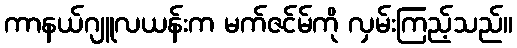
ကာနယ်ဂျူလယန်းက မက်ဇင်မ်ကို လှမ်းကြည့်သည်။